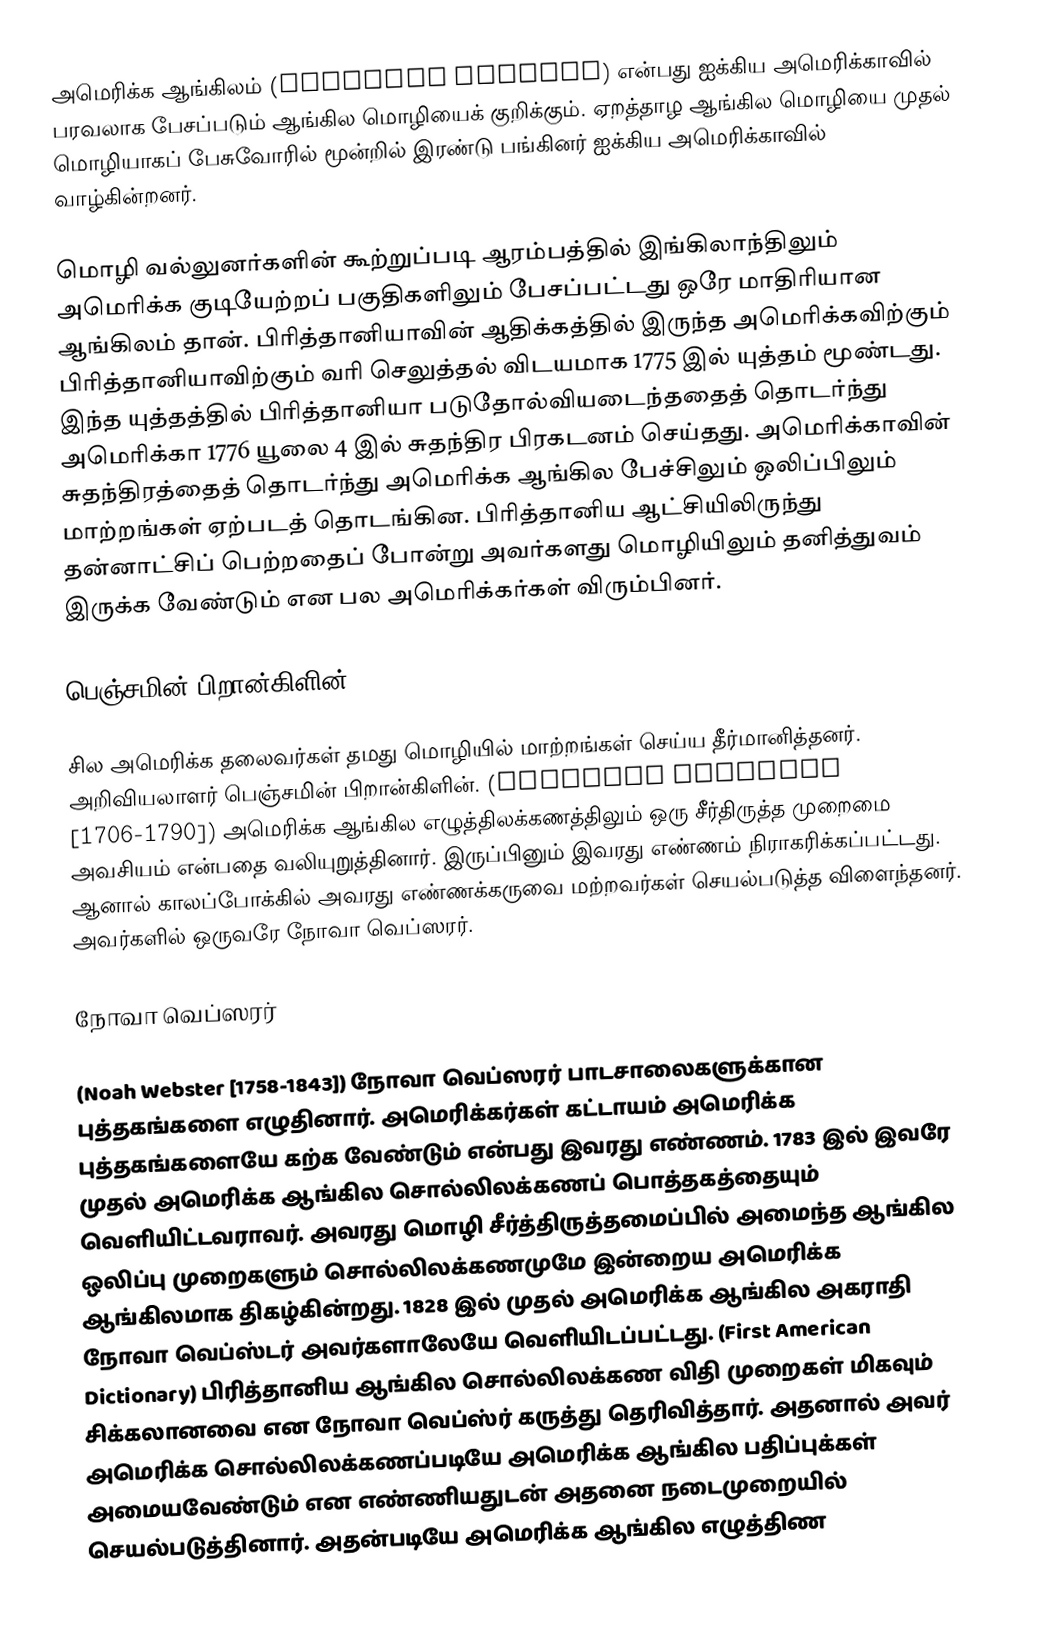
அமெரிக்க ஆங்கிலம் (American English) என்பது ஐக்கிய அமெரிக்காவில் பரவலாக பேசப்படும் ஆங்கில மொழியைக் குறிக்கும். ஏறத்தாழ ஆங்கில மொழியை முதல் மொழியாகப் பேசுவோரில் மூன்றில் இரண்டு பங்கினர் ஐக்கிய அமெரிக்காவில் வாழ்கின்றனர்.

மொழி வல்லுனர்களின் கூற்றுப்படி ஆரம்பத்தில் இங்கிலாந்திலும் அமெரிக்க குடியேற்றப் பகுதிகளிலும் பேசப்பட்டது ஒரே மாதிரியான ஆங்கிலம் தான். பிரித்தானியாவின் ஆதிக்கத்தில் இருந்த அமெரிக்கவிற்கும் பிரித்தானியாவிற்கும் வரி செலுத்தல் விடயமாக 1775 இல் யுத்தம் மூண்டது. இந்த யுத்தத்தில் பிரித்தானியா படுதோல்வியடைந்ததைத் தொடர்ந்து அமெரிக்கா 1776 யூலை 4 இல் சுதந்திர பிரகடனம் செய்தது. அமெரிக்காவின் சுதந்திரத்தைத் தொடர்ந்து அமெரிக்க ஆங்கில பேச்சிலும் ஒலிப்பிலும் மாற்றங்கள் ஏற்படத் தொடங்கின. பிரித்தானிய ஆட்சியிலிருந்து தன்னாட்சிப் பெற்றதைப் போன்று அவர்களது மொழியிலும் தனித்துவம் இருக்க வேண்டும் என பல அமெரிக்கர்கள் விரும்பினர்.

பெஞ்சமின் பிறான்கிளின்

சில அமெரிக்க தலைவர்கள் தமது மொழியில் மாற்றங்கள் செய்ய தீர்மானித்தனர். அறிவியலாளர் பெஞ்சமின் பிறான்கிளின். (Benjamin Franklin [1706-1790]) அமெரிக்க ஆங்கில எழுத்திலக்கணத்திலும் ஒரு சீர்திருத்த முறைமை அவசியம் என்பதை வலியுறுத்தினார். இருப்பினும் இவரது எண்ணம் நிராகரிக்கப்பட்டது. ஆனால் காலப்போக்கில் அவரது எண்ணக்கருவை மற்றவர்கள் செயல்படுத்த விளைந்தனர். அவர்களில் ஒருவரே நோவா வெப்ஸரர்.

நோவா வெப்ஸரர்

(Noah Webster [1758-1843]) நோவா வெப்ஸரர் பாடசாலைகளுக்கான புத்தகங்களை எழுதினார். அமெரிக்கர்கள் கட்டாயம் அமெரிக்க புத்தகங்களையே கற்க வேண்டும் என்பது இவரது எண்ணம். 1783 இல் இவரே முதல் அமெரிக்க ஆங்கில சொல்லிலக்கணப் பொத்தகத்தையும் வெளியிட்டவராவர். அவரது மொழி சீர்த்திருத்தமைப்பில் அமைந்த ஆங்கில ஒலிப்பு முறைகளும் சொல்லிலக்கணமுமே இன்றைய அமெரிக்க ஆங்கிலமாக திகழ்கின்றது. 1828 இல் முதல் அமெரிக்க ஆங்கில அகராதி நோவா வெப்ஸ்டர் அவர்களாலேயே வெளியிடப்பட்டது. (First American Dictionary) பிரித்தானிய ஆங்கில சொல்லிலக்கண விதி முறைகள் மிகவும் சிக்கலானவை என நோவா வெப்ஸ்ர் கருத்து தெரிவித்தார். அதனால் அவர் அமெரிக்க சொல்லிலக்கணப்படியே அமெரிக்க ஆங்கில பதிப்புக்கள் அமையவேண்டும் என எண்ணியதுடன் அதனை நடைமுறையில் செயல்படுத்தினார். அதன்படியே அமெரிக்க ஆங்கில எழுத்திண